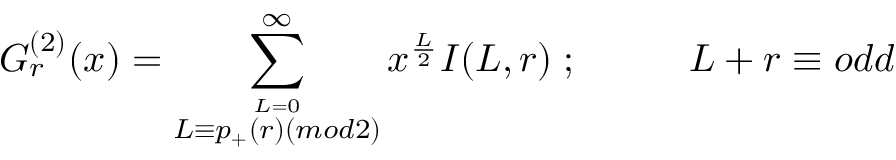
G _ { r } ^ { ( 2 ) } ( x ) = \sum _ { \stackrel { L = 0 } { L \equiv p _ { + } ( r ) ( m o d 2 ) } } ^ { \infty } x ^ { \frac { L } { 2 } } I ( L , r ) \; ; \; \; \; \; \; \; \; \; \; \; L + r \equiv o d d